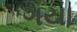
ગયા